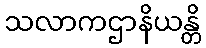
သလာကဌာနိယန္တိ